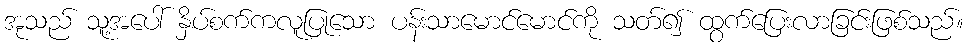
အုသည် သူ့အပေါ် နှိပ်စက်ကလူပြုသော ပန်းသာမောင်မောင်ကို သတ်၍ ထွက်ပြေးလာခြင်းဖြစ်သည်။